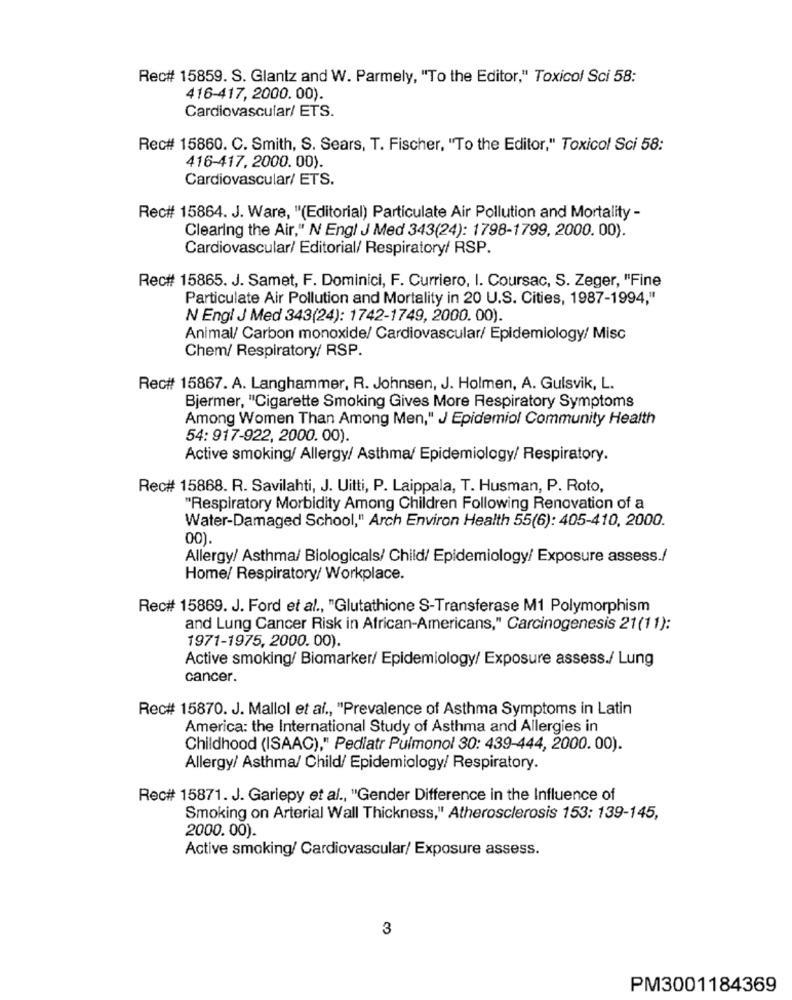
Rec# 15859. S. Glantz and W. Parmely, "To the Editor," Toxicol Sci 58:
416-417, 2000. 00).
Cardiovascular/ ETS.
Rec# 15860. C. Smith, S. Sears, T. Fischer, "To the Editor," Toxicol Sci 58:
416-417, 2000. 00).
Cardiovascular/ ETS.
Rec# 15864. J. Ware, "(Editorial) Particulate Air Pollution and Mortality -
Clearing the Air," N Engl J Med 343(24): 1798-1799, 2000. 00).
Cardiovascular/ Editorial/ Respiratory/ RSP.
Rec# 15865. J. Samet, F. Dominici, F. Curriero, I. Coursac, S. Zeger, "Fine
Particulate Air Pollution and Mortality in 20 U.S. Cities, 1987-1994,"
N Engl J Med 343(24): 1742-1749, 2000. 00).
Animal/ Carbon monoxide/ Cardiovascular/ Epidemiology/ Misc
Chem/ Respiratory/ RSP.
Rec# 15867. A. Langhammer, R. Johnsen, J. Holmen, A. Gulsvik, L.
Bjermer, "Cigarette Smoking Gives More Respiratory Symptoms
Among Women Than Among Men," J Epidemiol Community Health
54: 917-922, 2000. 00).
Active smoking/ Allergy/ Asthma/ Epidemiology/ Respiratory.
Rec# 15868. R. Savilahti, J. Uitti, P. Laippala, T. Husman, P. Roto,
"Respiratory Morbidity Among Children Following Renovation of a
Water-Damaged School," Arch Environ Health 55(6): 405-410, 2000.
00).
Allergy/ Asthma/ Biologicals/ Child/ Epidemiology/ Exposure assess./
Home/ Respiratory/ Workplace.
Rec# 15869. J. Ford et al ., "Glutathione S-Transferase M1 Polymorphism
and Lung Cancer Risk in African-Americans," Carcinogenesis 21(11):
1971-1975, 2000. 00).
Active smoking/ Biomarker/ Epidemiology/ Exposure assess./ Lung
cancer.
Rec# 15870. J. Mallol et al ., "Prevalence of Asthma Symptoms in Latin
America: the International Study of Asthma and Allergies in
Childhood (ISAAC)," Pediatr Pulmonol 30: 439-444, 2000. 00).
Allergy/ Asthma/ Child/ Epidemiology/ Respiratory.
Rec# 15871. J. Gariepy et al ., "Gender Difference in the Influence of
Smoking on Arterial Wall Thickness," Atherosclerosis 153: 139-145,
2000.00).
Active smoking/ Cardiovascular/ Exposure assess.
3
PM3001184369